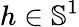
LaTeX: h\in{\mathbb S}^{1}